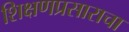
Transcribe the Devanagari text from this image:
शिक्षणप्रसाराचा